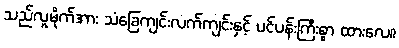
သည်လူမိုက်အား သံခြေကျင်းလက်ကျင်းနှင့် ပင်ပန်းကြီးစွာ ထားလေ။